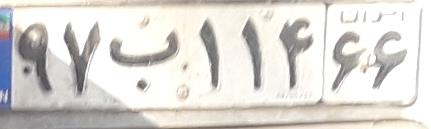
۹۷ب۱۱۴۶۶